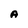
Character: A